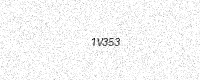
Text: 1V353